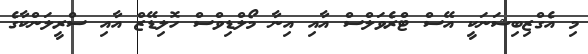
މި އެގްޒިބިޝަނަކީ އޭސް ޓްރެވަލްސް އާއި އިނާ މޯލްޑިވްސް ހޮލިޑޭޒް އާއި ސްރީލަންކާގެ